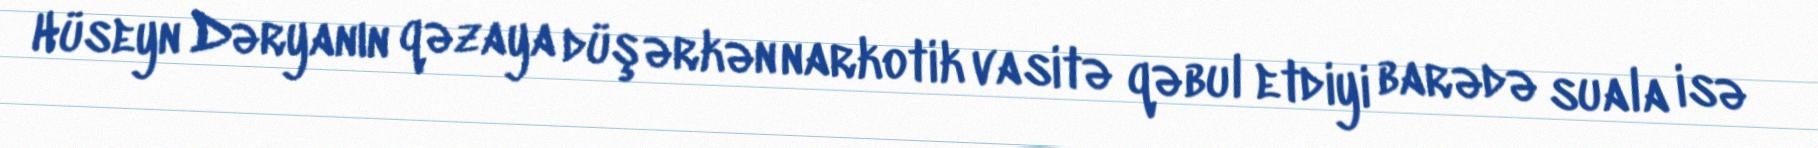
Hüseyn Dəryanın qəzaya düşərkən narkotik vasitə qəbul etdiyi barədə suala isə